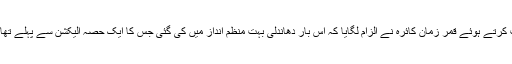
وائس آف امریکہ سے بات کرتے ہوئے قمر زمان کائرہ نے الزام لگایا کہ اس بار دھاندلی بہت منظم انداز میں کی گئی جس کا ایک حصہ الیکشن سے پہلے تھا اور ایک الیکشن والے دن۔